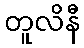
တူလိနီ